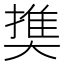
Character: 𡙱